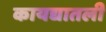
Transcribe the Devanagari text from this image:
कायद्यातली